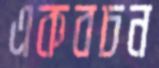
একবচন